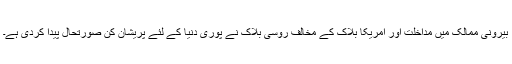
بیرونی ممالک میں مداخلت اور امریکا بلاک کے مخالف روسی بلاک نے پوری دنیا کے لئے پریشان کن صورتحال پیدا کردی ہے۔